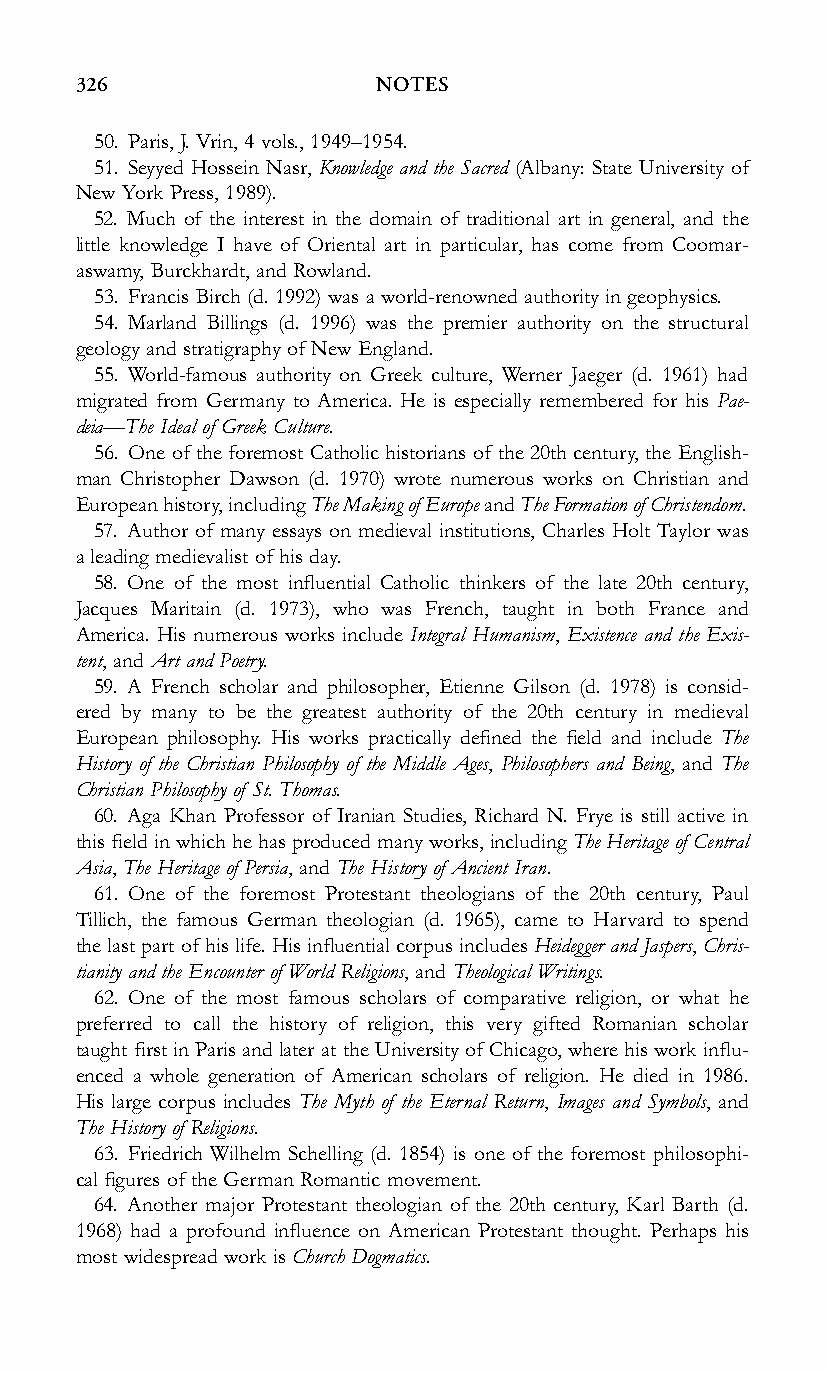
326                 NOTES
 50. Paris, J. Vrin, 4 vols., 1949–1954.
 51. Seyyed Hossein Nasr, Knowledge and the Sacred (Albany: State University of
 New York Press, 1989).
 52. Much of the interest in the domain of traditional art in general, and the
 little knowledge I have of Oriental art in particular, has come from Coomar-
 aswamy, Burckhardt, and Rowland.
 53. Francis Birch (d. 1992) was a world-renowned authority in geophysics.
 54. Marland Billings (d. 1996) was the premier authority on the structural
 geology and stratigraphyof New England.
 55. World-famous authority on Greek culture, Werner Jaeger (d. 1961) had
 migrated from Germany to America. He is especially remembered for his Pae-
 deia—The Ideal of Greek Culture.
 56. One of the foremost Catholic historians of the 20th century, the English-
 man Christopher Dawson (d. 1970) wrote numerous works on Christian and
 Europeanhistory,includingTheMakingofEuropeandTheFormationofChristendom.
 57. Author of many essays on medieval institutions, Charles Holt Taylor was
 a leading medievalist of his day.
 58. One of the most influential Catholic thinkers of the late 20th century,
 Jacques Maritain (d. 1973), who was French, taught in both France and
 America. His numerous works include Integral Humanism, Existence and the Exis-
 tent, and Art and Poetry.
 59. A French scholar and philosopher, Etienne Gilson (d. 1978) is consid-
 ered by many to be the greatest authority of the 20th century in medieval
 European philosophy. His works practically defined the field and include The
 History of the Christian Philosophy of the Middle Ages, Philosophers and Being, and The
 Christian Philosophyof St. Thomas.
 60. Aga Khan Professor of Iranian Studies, Richard N. Frye is still active in
 this field in whichhe has produced many works, including The Heritage of Central
 Asia, The Heritage of Persia, and The Historyof Ancient Iran.
 61. One of the foremost Protestant theologians of the 20th century, Paul
 Tillich, the famous German theologian (d. 1965), came to Harvard to spend
 the last part of his life. His influential corpus includes Heidegger and Jaspers, Chris-
 tianity and the Encounter of World Religions, and Theological Writings.
 62. One of the most famous scholars of comparative religion, or what he
 preferred to call the history of religion, this very gifted Romanian scholar
 taught first in Paris and later at the Universityof Chicago, where his work influ-
 enced a whole generation of American scholars of religion. He died in 1986.
 His large corpus includes The Myth of the Eternal Return, Images and Symbols, and
 The History of Religions.
 63. Friedrich Wilhelm Schelling (d. 1854) is one of the foremost philosophi-
 cal figures of the German Romantic movement.
 64. Another major Protestant theologian of the 20th century, Karl Barth (d.
 1968) had a profound influence on American Protestant thought. Perhaps his
 most widespread work is Church Dogmatics.